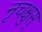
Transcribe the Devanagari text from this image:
नृचक्षुस्